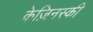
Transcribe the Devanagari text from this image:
केज़िनस्की